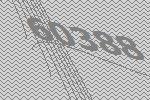
60388